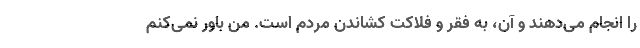
را انجام می‌دهند و آن، به فقر و فلاکت کشاندن مردم است. من باور نمی‌کنم